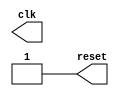
module clock(clk, reset);
	output reg clk;
	output reg reset;

	initial begin
		clk = 0;
		reset = 0;
		#500 reset = 1;
	end

	always
//		#5 clk = ~clk;
		#10 clk = ~clk;
endmodule

module edgedet(clk, reset, signal, p);
	input wire clk;
	input wire reset;
	input wire signal;
	output wire p;

	reg last;
	always @(posedge clk or negedge reset) begin
		if(~reset)
			last <= 0;
		else
			last <= signal;
	end

	assign p = signal & ~last;
endmodule

module decode8(
	input wire [0:2] in,
	input wire enb,
	output reg [0:7] out
);

	always @(*) begin
		if(enb)
			case(in)
			3'b000: out = 8'b10000000;
			3'b001: out = 8'b01000000;
			3'b010: out = 8'b00100000;
			3'b011: out = 8'b00010000;
			3'b100: out = 8'b00001000;
			3'b101: out = 8'b00000100;
			3'b110: out = 8'b00000010;
			3'b111: out = 8'b00000001;
			endcase
		else
			out = 0;
	end

endmodule